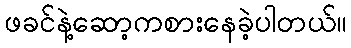
ဖခင်နဲ့ဆော့ကစားနေခဲ့ပါတယ်။